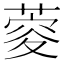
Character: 𦶨